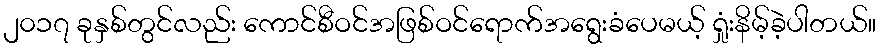
၂၀၁၇ ခုနှစ်တွင်လည်း ကောင်စီဝင်အဖြစ်ဝင်ရောက်အရွေးခံပေမယ့် ရှုံးနိမ့်ခဲ့ပါတယ်။